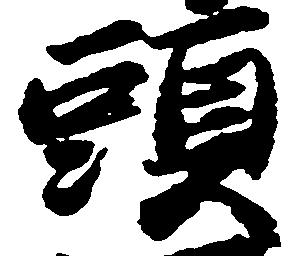
頭